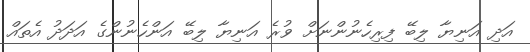
އަދި އަނިޔާ ލިބޭ ފިރިހެނުންނަށް ވުރެ އަނިޔާ ލިބޭ އަންހެނުންގެ އަދަދު އެތައް